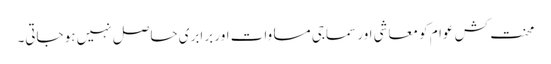
محنت کش عوام کو معاشی اور سماجی مساوات اور برابری حاصل نہیں ہو جاتی۔